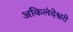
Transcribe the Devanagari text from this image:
अकिलंदेश्वरी